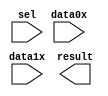
module lpm_mux_10bit (
	data0x,
	data1x,
	sel,
	result);

	input	[9:0]  data0x;
	input	[9:0]  data1x;
	input	  sel;
	output	[9:0]  result;

endmodule